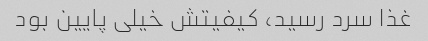
غذا سرد رسید، کیفیتش خیلی پایین بود